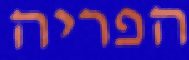
הפריה